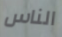
الناس